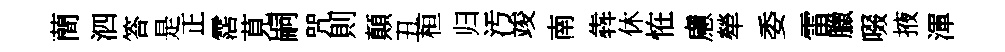
蕳泗答是正霑莧嗣咒則顛丑桓归汚竣南犇休恠慮犖委雷臘啜掖渾